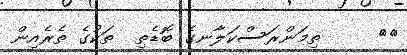
٢٣     ތިމަންރަސްކަލާނގެ ބޮޑެތި  ތަކުގެ ތެރެއިން